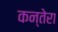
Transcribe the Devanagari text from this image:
कन्तेरा